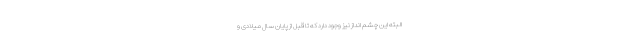
البته این چشم انداز نیز وجود دارد که تا قبل از پایان سال میلادی و